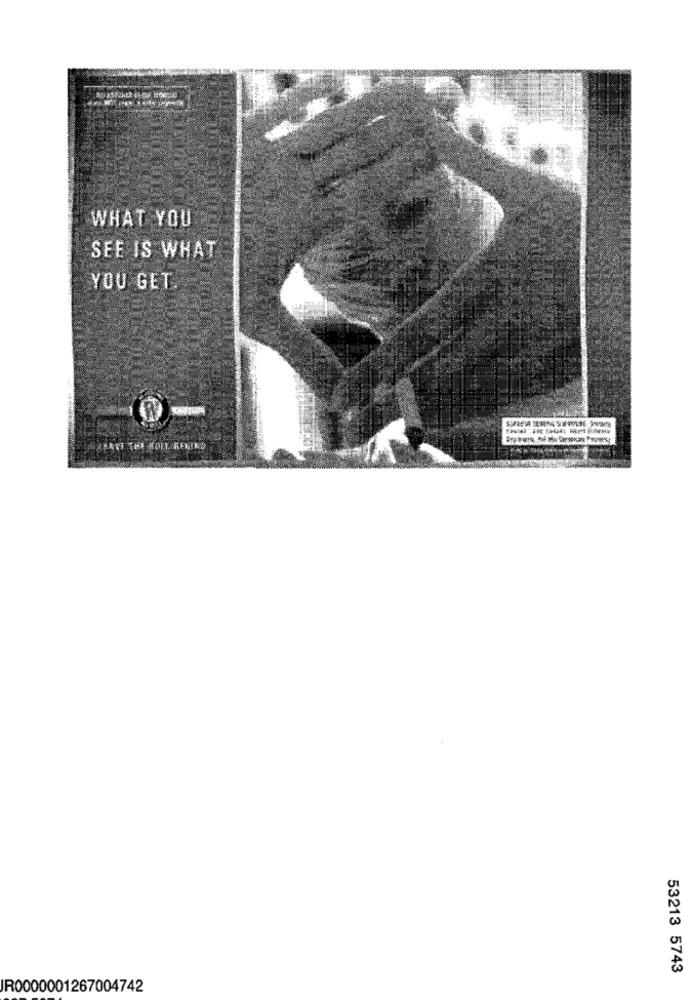
WHAT YOU
SEE IS WHAT
YOU GET
53213 5743
IR0000001267004742